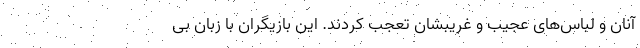
آنان و لباس‌های عجیب و غریبشان تعجب کردند. این بازیگران با زبان بی